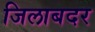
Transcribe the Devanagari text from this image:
जिलाबदर